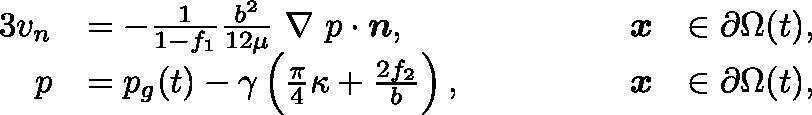
\begin{array} { r l r l } { { 3 } v _ { n } } & { = - \frac { 1 } { 1 - f _ { 1 } } \frac { b ^ { 2 } } { 1 2 \mu } \mathrm { \boldmath ~ \nabla ~ } p \cdot \boldsymbol { n } , \qquad \qquad } & { \boldsymbol { x } } & { \in \partial \Omega ( t ) , } \\ { p } & { = p _ { g } ( t ) - \gamma \left( \frac { \pi } { 4 } \kappa + \frac { 2 f _ { 2 } } { b } \right) , \qquad \qquad } & { \boldsymbol { x } } & { \in \partial \Omega ( t ) , } \end{array}